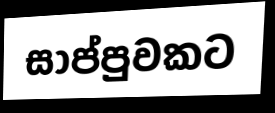
සාප්පුවකට